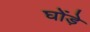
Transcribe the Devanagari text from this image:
घोंड़े